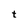
Character: t